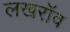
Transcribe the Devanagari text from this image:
लखरॉव